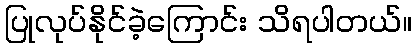
ပြုလုပ်နိုင်ခဲ့ကြောင်း သိရပါတယ်။